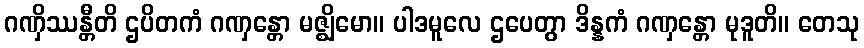
ဂဏှိဿန္တီတိ ဌပိတကံ ဂဏှန္တော မဇ္ဈိမော။ ပါဒမူလေ ဌပေတွာ ဒိန္နကံ ဂဏှန္တော မုဒူတိ။ တေသု